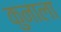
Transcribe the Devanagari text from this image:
कुनाला